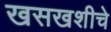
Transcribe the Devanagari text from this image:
खसखशीचे